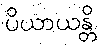
ပိယာယန္တိ